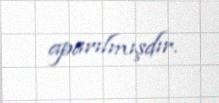
aparılmışdır.